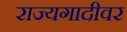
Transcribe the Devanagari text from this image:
राज्यगादीवर